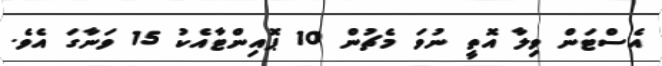
އެސްޓަން ވިލާ އޮތީ ނުވަ މެޗުން 10 ޕޮއިންޓާއެކު 15 ވަނާގަ އެވެ.